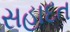
સહાદત